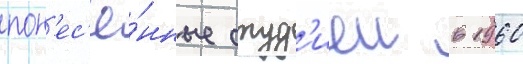
пон'ес'ё́нные студ'иеи в 1960